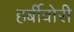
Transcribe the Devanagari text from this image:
हर्बीवोरी